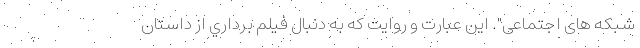
شبکه های اجتماعی". این عبارت و روایت كه به دنبال فيلم برداري از داستان